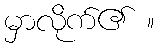
မှာလိုက်၏ ။